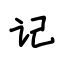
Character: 记